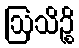
ဩသိဉ္စိ